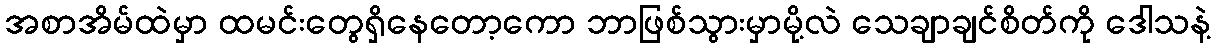
အစာအိမ်ထဲမှာ ထမင်းတွေရှိနေတော့ကော ဘာဖြစ်သွားမှာမို့လဲ သေချာချင်စိတ်ကို ဒေါသနဲ့